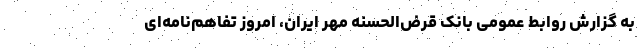
به گزارش روابط عمومی بانک قرض‌الحسنه مهر ایران، امروز تفاهم‌نامه‌ای